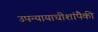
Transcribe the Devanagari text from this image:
उपन्यायाधीशांपैकी